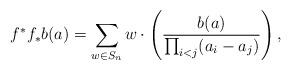
LaTeX: \begin{align*}f^* f_* b(a) = \sum_{w\in S_n} w\cdot\left(\dfrac{b(a)}{\prod_{i < j} (a_i - a_j)} \right),\end{align*}